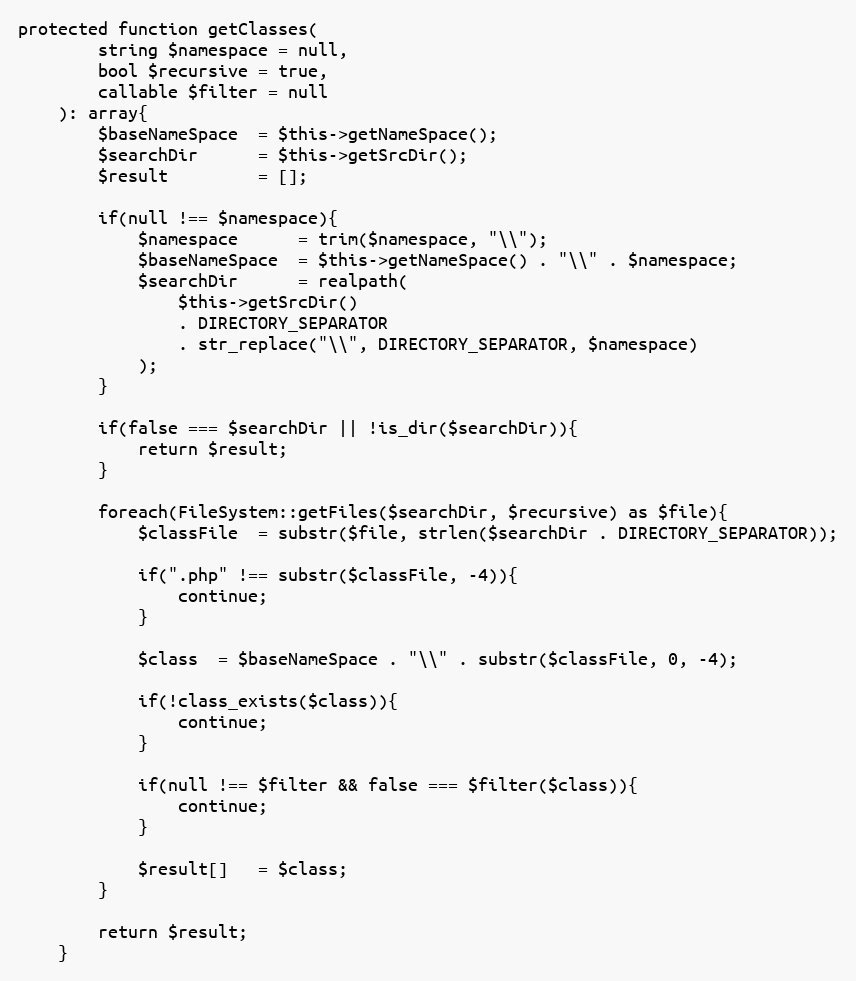
Language: PHP
protected function getClasses(
        string $namespace = null,
        bool $recursive = true,
        callable $filter = null
    ): array{
        $baseNameSpace  = $this->getNameSpace();
        $searchDir      = $this->getSrcDir();
        $result         = [];

        if(null !== $namespace){
            $namespace      = trim($namespace, "\\");
            $baseNameSpace  = $this->getNameSpace() . "\\" . $namespace;
            $searchDir      = realpath(
                $this->getSrcDir()
                . DIRECTORY_SEPARATOR
                . str_replace("\\", DIRECTORY_SEPARATOR, $namespace)
            );
        }

        if(false === $searchDir || !is_dir($searchDir)){
            return $result;
        }

        foreach(FileSystem::getFiles($searchDir, $recursive) as $file){
            $classFile  = substr($file, strlen($searchDir . DIRECTORY_SEPARATOR));

            if(".php" !== substr($classFile, -4)){
                continue;
            }

            $class  = $baseNameSpace . "\\" . substr($classFile, 0, -4);

            if(!class_exists($class)){
                continue;
            }

            if(null !== $filter && false === $filter($class)){
                continue;
            }

            $result[]   = $class;
        }

        return $result;
    }